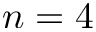
n = 4